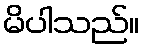
မိပါသည်။